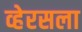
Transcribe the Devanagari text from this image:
व्हेरसला